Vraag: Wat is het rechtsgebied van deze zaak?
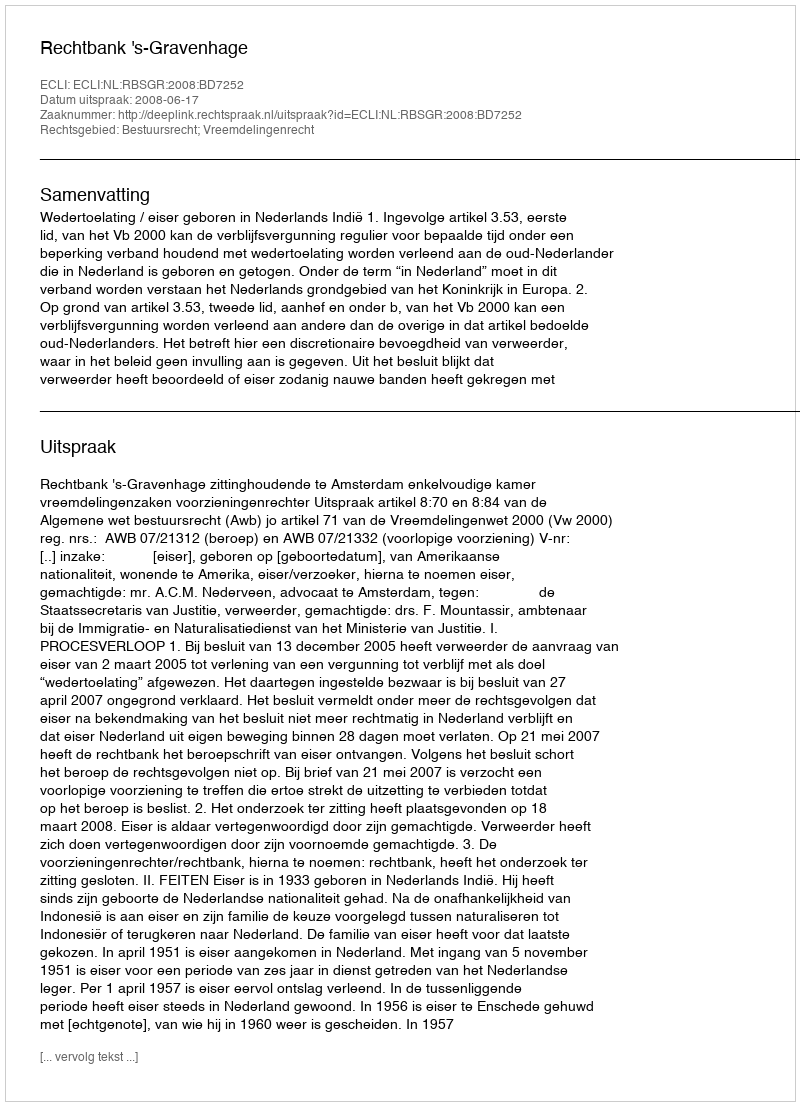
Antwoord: Bestuursrecht; Vreemdelingenrecht